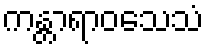
ကန္တာရာဝသေသံ